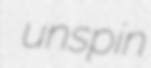
unspin